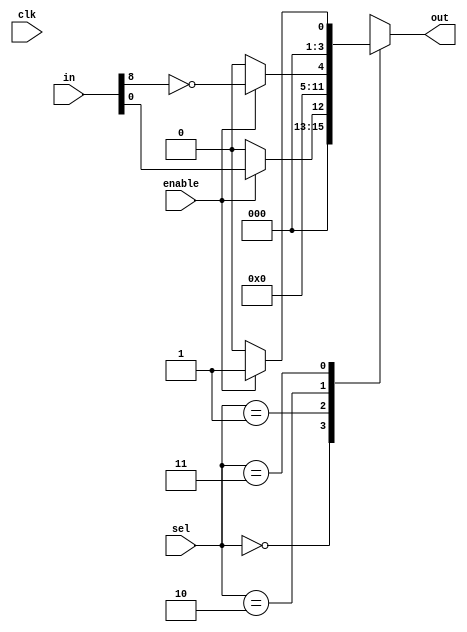
module CLB (
    input wire [15:0] in,          // 16 input pins
    input wire [1:0] sel,          // Select signal for multiplexers
    input wire clk,                // Clock signal for flip-flop
    input wire enable,             // Enable signal for the CLB
    output reg [3:0] out           // 4 output pins
);

// LUTs - 4 LUTs with 4 inputs each
reg [15:0] lut0, lut1, lut2, lut3; // LUT truth tables
wire [3:0] lut_out;               // LUT outputs

// Assigning LUT outputs based on inputs
always @(*) begin
    if (enable) begin
        lut0 = {in[3:0], in[3:0] ^ 4'b1010}; // Example LUT function
        lut1 = {in[7:4], in[7:4] & 4'b1100}; // Example LUT function
        lut2 = {in[11:8], ~in[11:8]};        // Example LUT function
        lut3 = {in[15:12], in[15:12] | 4'b0011}; // Example LUT function
    end else begin
        lut0 = 16'b0;
        lut1 = 16'b0;
        lut2 = 16'b0;
        lut3 = 16'b0;
    end
end

assign lut_out = {lut3[0], lut2[0], lut1[0], lut0[0]}; // Output from LUTs

// Multiplexer to select output based on 'sel' signal
always @(*) begin
    case (sel)
        2'b00: out = lut_out[0]; // Select output from LUT0
        2'b01: out = lut_out[1]; // Select output from LUT1
        2'b10: out = lut_out[2]; // Select output from LUT2
        2'b11: out = lut_out[3]; // Select output from LUT3
        default: out = 4'b0000;   // Default case
    endcase
end

// Flip-Flop for storage of output
reg [3:0] ff_out; // Flip-flop output

always @(posedge clk) begin
    if (enable) begin
        ff_out <= out; // Store output in flip-flop on clock edge
    end
end

endmodule